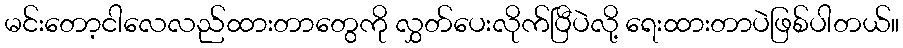
မင်းတော့ငါလေလည်ထားတာတွေကို လွှတ်ပေးလိုက်ပြီပဲလို့ ရေးထားတာပဲဖြစ်ပါတယ်။